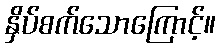
နှိပ်စက်သောကြောင့်။